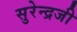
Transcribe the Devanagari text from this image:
सुरेन्द्रजी